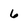
Character: 6